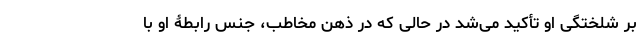
بر شلختگی او تأکید می‌شد در حالی که در ذهن مخاطب، جنس رابطۀ او با